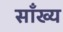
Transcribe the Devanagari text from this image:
साँख्य